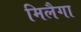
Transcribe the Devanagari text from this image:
मिलैगा